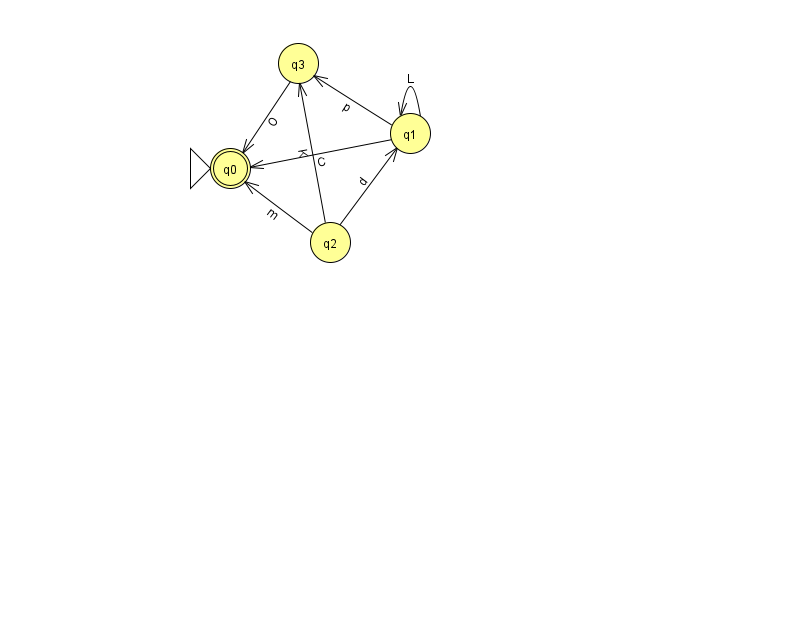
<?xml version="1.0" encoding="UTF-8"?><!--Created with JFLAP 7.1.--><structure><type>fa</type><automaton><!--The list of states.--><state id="0" name="q0"><x>230.0</x><y>155.0</y><initial/><final/></state><state id="1" name="q1"><x>410.0</x><y>120.0</y></state><state id="2" name="q2"><x>330.0</x><y>229.0</y></state><state id="3" name="q3"><x>298.0</x><y>50.0</y></state><!--The list of transitions.--><transition><from>3</from><to>0</to><read>O</read></transition><transition><from>2</from><to>3</to><read>K</read></transition><transition><from>1</from><to>0</to><read>C</read></transition><transition><from>2</from><to>1</to><read>d</read></transition><transition><from>2</from><to>0</to><read>m</read></transition><transition><from>1</from><to>3</to><read>p</read></transition><transition><from>1</from><to>1</to><read>L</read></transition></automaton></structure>